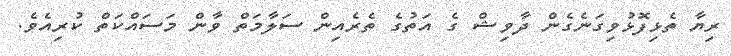
ރިޔާ ތެޅިފޮޅުވިގަނެގެން ދާވިޝް ގެ އަތުގެ ތެރެއިން ސަލާމަތް ވާން މަސައްކަތް ކުރިއެވެ.